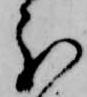
分